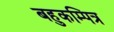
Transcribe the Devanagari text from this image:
बहुकम्पित्र